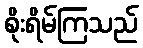
စိုးရိမ်ကြသည်